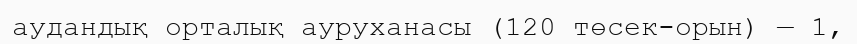
аудандық орталық ауруханасы (120 төсек-орын) — 1,